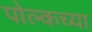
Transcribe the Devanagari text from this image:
पोल्कच्या